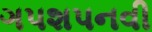
ગપશપનવી